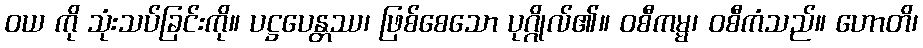
ဝယ ကို သုံးသပ်ခြင်းကို။ ပဋ္ဌပေန္တဿ၊ ဖြစ်စေသော ပုဂ္ဂိုလ်၏။ ဝစီကမ္မ၊ ဝစီကံသည်။ ဟောတိ၊